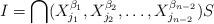
LaTeX: \begin{align*}I=\bigcap(X_{j_1}^{\beta_1},X_{j_2}^{\beta_2},\dots,X_{j_{n-2}}^{\beta_{n-2}})S\end{align*}